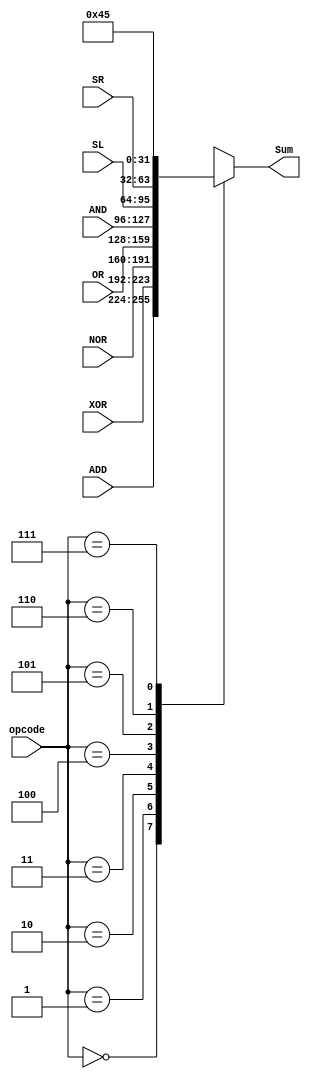
module Mux (opcode, ADD, XOR, NOR, OR, AND, SL, SR, Sum);

	input [2:0] opcode;
	input [31:0] ADD, XOR, NOR, OR, AND, SL, SR;
	output reg [31:0] Sum;
	
	always@(opcode or ADD or XOR or NOR or OR or AND or SL or SR) begin
	case (opcode)
	3'b 000: Sum <= ADD;
	3'b 001: Sum <= XOR;
	3'b 010: Sum <= NOR;
	3'b 011: Sum <= OR;
	3'b 100: Sum <= AND;
	3'b 101: Sum <= SL;
	3'b 110: Sum <= SR;
	3'b 111: Sum <= 69; 
	
	endcase
	end
	
	
	
endmodule